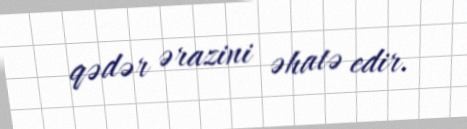
qədər ərazini əhatə edir.